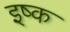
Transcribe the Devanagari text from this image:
इष्क